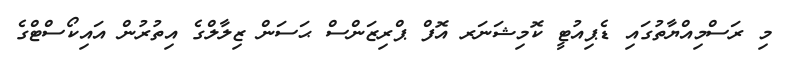
މި ރަސްމިއްޔާތުގައި ޑެޕިއުޓީ ކޮމިޝަނަރ އޮފް ޕްރިޒަންސް ޙަސަން ޒިލާލްގެ އިތުރުން އައިކޯސްޓްގެ